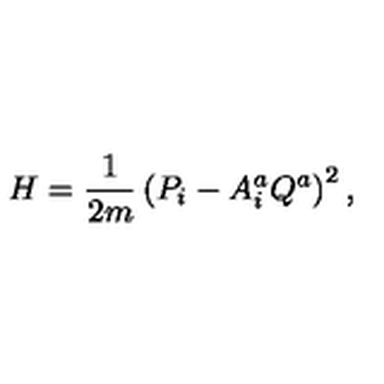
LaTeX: H = { \frac { 1 } { 2 m } } \left( P _ { i } - A _ { i } ^ { a } Q ^ { a } \right) ^ { 2 } ,